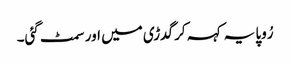
رُوپا یہ کہہ کر گدڑی میں اور سمٹ گئی۔